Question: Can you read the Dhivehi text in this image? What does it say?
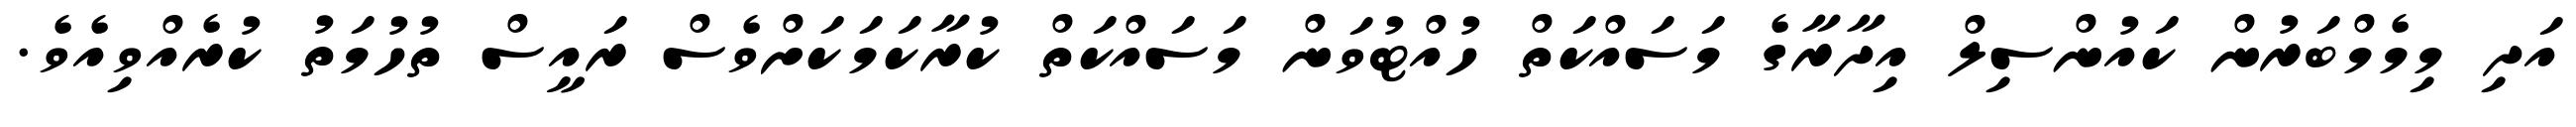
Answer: އަދި މިމެމްބަރުން ކައުންސިލް އިދާރާގެ މަސައްކަތް ހުއްޓުވަން މަސައްކަތް ކުރާކަމަކަށްވެސް ރައީސް ތުހުމަތު ކުރެއްވިއެވެ.